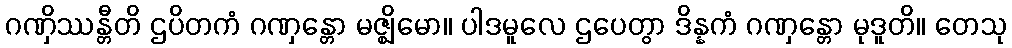
ဂဏှိဿန္တီတိ ဌပိတကံ ဂဏှန္တော မဇ္ဈိမော။ ပါဒမူလေ ဌပေတွာ ဒိန္နကံ ဂဏှန္တော မုဒူတိ။ တေသု